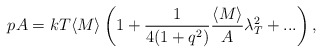
\begin{align*}pA=kT\langle M\rangle\left(1+\frac{1}{4(1+q^2)}\frac{\langle M\rangle}{A}\lambda_T^2+...\right),\end{align*}